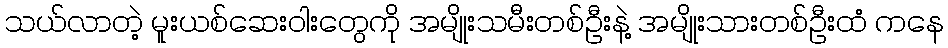
သယ်လာတဲ့ မူးယစ်ဆေးဝါးတွေကို အမျိုးသမီးတစ်ဦးနဲ့ အမျိုးသားတစ်ဦးထံ ကနေ